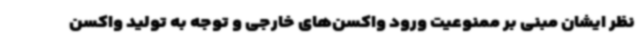
نظر ایشان مبنی بر ممنوعیت ورود واکسن‌های خارجی و توجه به تولید واکسن